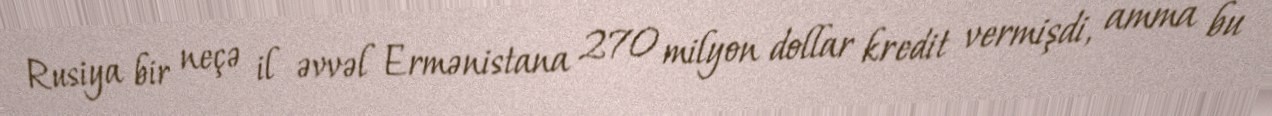
Rusiya bir neçə il əvvəl Ermənistana 270 milyon dollar kredit vermişdi, amma bu